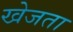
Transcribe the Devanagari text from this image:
खेजता